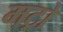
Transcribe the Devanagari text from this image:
मट्रो